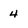
Character: 4